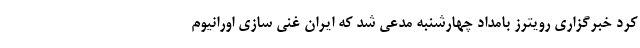
کرد خبرگزاری رویترز بامداد چهارشنبه مدعی شد که ایران غنی سازی اورانیوم